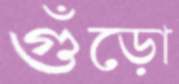
গুঁড়ো